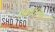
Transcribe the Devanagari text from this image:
एकातरण